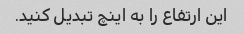
این ارتفاع را به اینچ تبدیل کنید.